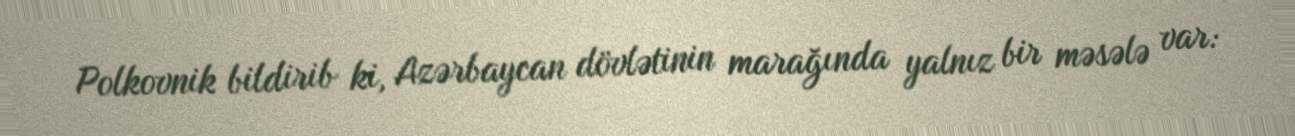
Polkovnik bildirib ki, Azərbaycan dövlətinin marağında yalnız bir məsələ var: